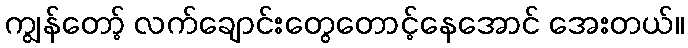
ကျွန်တော့် လက်ချောင်းတွေတောင့်နေအောင် အေးတယ်။